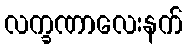
လက္ခဏာလေးနက်